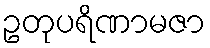
ဥတုပရိဏာမဇာ